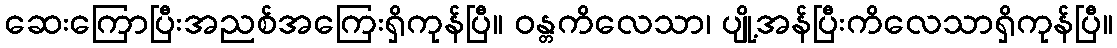
ဆေးကြောပြီးအညစ်အကြေးရှိကုန်ပြီ။ ဝန္တကိလေသာ၊ ပျို့အန်ပြီးကိလေသာရှိကုန်ပြီ။